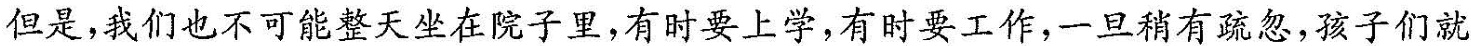
但是，我们也不可能整天坐在院子里，有时要上学，有时要工作，一旦稍有疏忽，孩子们就